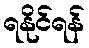
ရနိုင်ရန်